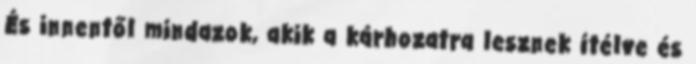
És innentől mindazok, akik a kárhozatra lesznek ítélve és